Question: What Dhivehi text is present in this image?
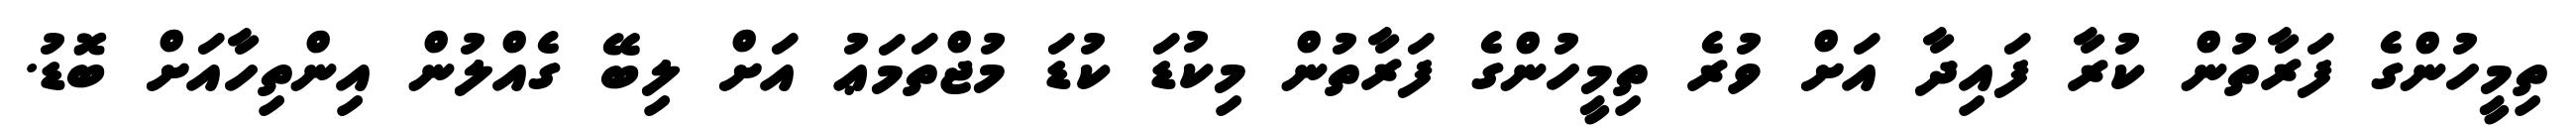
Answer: ތިމީހުންގެ ފަރާތުން ކުރާ ފައިދާ އަށް ވުރެ ތިމީހުންގެ ފަރާތުން މިކުޑަ ކުޑަ މުޖްތަމަޢު އަށް ލިބޭ ގެއްލުން އިންތިހާއަށް ބޮޑު.